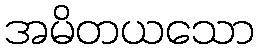
အမိတယသော